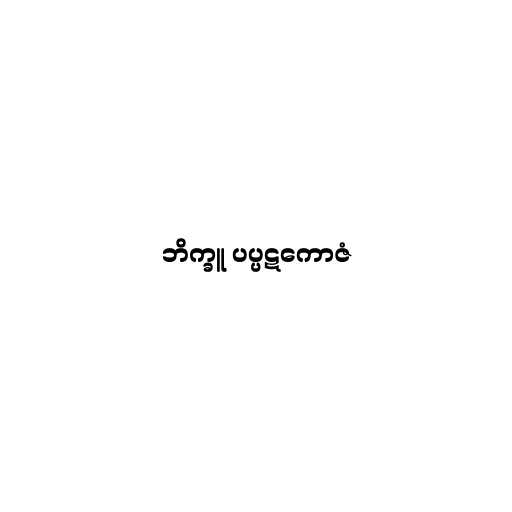
ဘိက္ခူ ပပ္ပဋကောဇံ